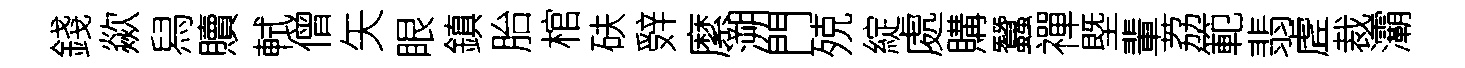
錢歘舄贖軾僧矢眼鎮胎棺砆辤縻溯門殑綻處購蠶禪塈輩荔範翡虗裁灞